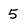
Character: 5